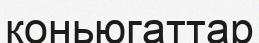
коньюгаттар